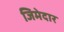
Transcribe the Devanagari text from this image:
जिमेदार